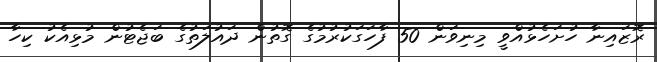
ރޮޒައިނާ ހުށަހެޅުއްވީ މިނިވަން 50 ފާހަގަކުރުމުގެ ގޮތުން ދައުލަތުގެ ބަޖެޓުން މުޅިއެކު ކިހާ